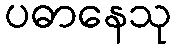
ပဓာနေသု